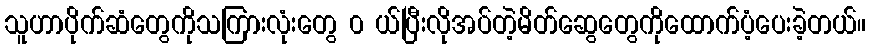
သူဟာပိုက်ဆံတွေကိုသကြားလုံးတွေ ၀ ယ်ပြီးလိုအပ်တဲ့မိတ်ဆွေတွေကိုထောက်ပံ့ပေးခဲ့တယ်။